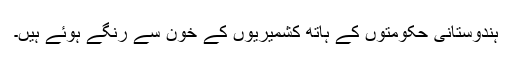
ہندوستانی حکومتوں کے ہاتھ کشمیریوں کے خون سے رنگے ہوئے ہیں۔